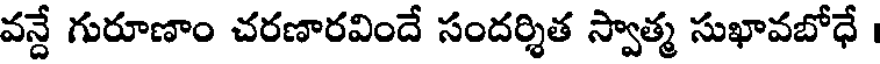
వన్దే గురూణాం చరణారవిందే సందర్శిత స్వాత్మ సుఖావబోధే